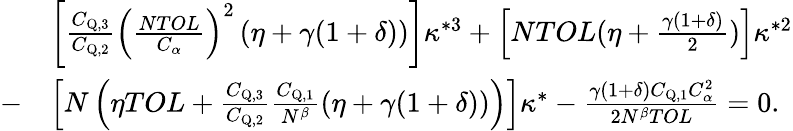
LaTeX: \begin{array}{rl}&{\left[\frac{C_{\mathrm{{Q},3}}}{C_{\mathrm{Q},2}}\left(\frac{NTOL}{C_{\alpha}}\right)^{2}\left(\eta+\gamma(1+\delta)\right)\right]\kappa^{\ast 3}+\left[NTOL(\eta+\frac{\gamma(1+\delta)}{2})\right]\kappa^{\ast 2}}\\ {-}&{\left[N\left(\eta TOL+\frac{C_{\mathrm{{Q},3}}}{C_{\mathrm{Q},2}}\frac{C_{\mathrm{{Q},1}}}{N^{\beta}}(\eta+\gamma(1+\delta))\right)\right]\kappa^{\ast}-\frac{\gamma(1+\delta)C_{\mathrm{Q},1}C_{\alpha}^{2}}{2N^{\beta}TOL}=0.}\end{array}